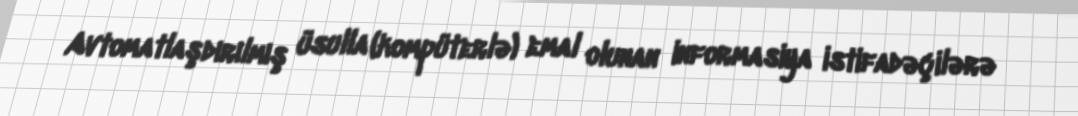
Avtomatlaşdırılmış üsulla (kompüterlə) emal olunan informasiya istifadəçilərə